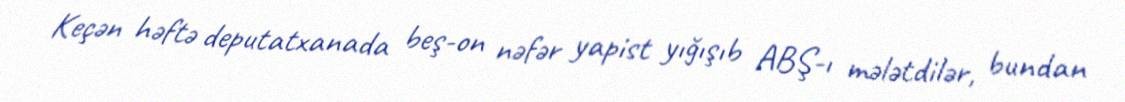
Keçən həftə deputatxanada beş-on nəfər yapist yığışıb ABŞ-ı mələtdilər, bundan